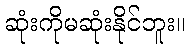
ဆုံးကိုမဆုံးနိုင်ဘူး။